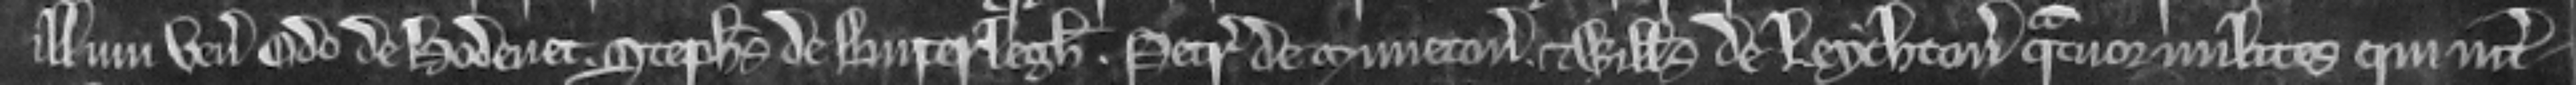
illum veniunt Odo de Hodenet. Stephanus de Buterlegh. Petrus de Muneton. et Willelmus de Leychton quauor milites qui inter